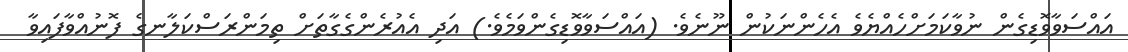
އައްސަވާވޮޑިގެން ނުވާކަމަށްހެއްޔެވެ އެހެންނަކުން ނޫނެވެ. (އައްސަވާވޮޑިގެންވަމެވެ.) އަދި އެއުރެންގެގާތަށް ތިމަންރަސްކަލާނގެ ފޮނުއްވާފައިވާ